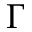
\Gamma